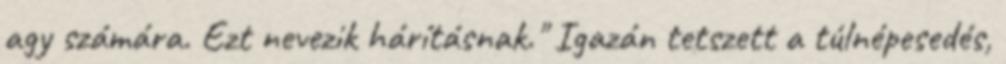
agy számára. Ezt nevezik hárításnak." Igazán tetszett a túlnépesedés,